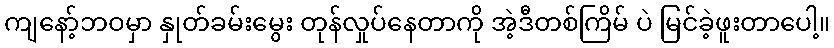
ကျနော့်ဘဝမှာ နှုတ်ခမ်းမွေး တုန်လှုပ်နေတာကို အဲ့ဒီတစ်ကြိမ် ပဲ မြင်ခဲ့ဖူးတာပေါ့။